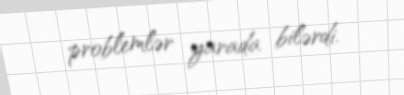
problemlər yarada bilərdi.